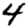
Digit: 4